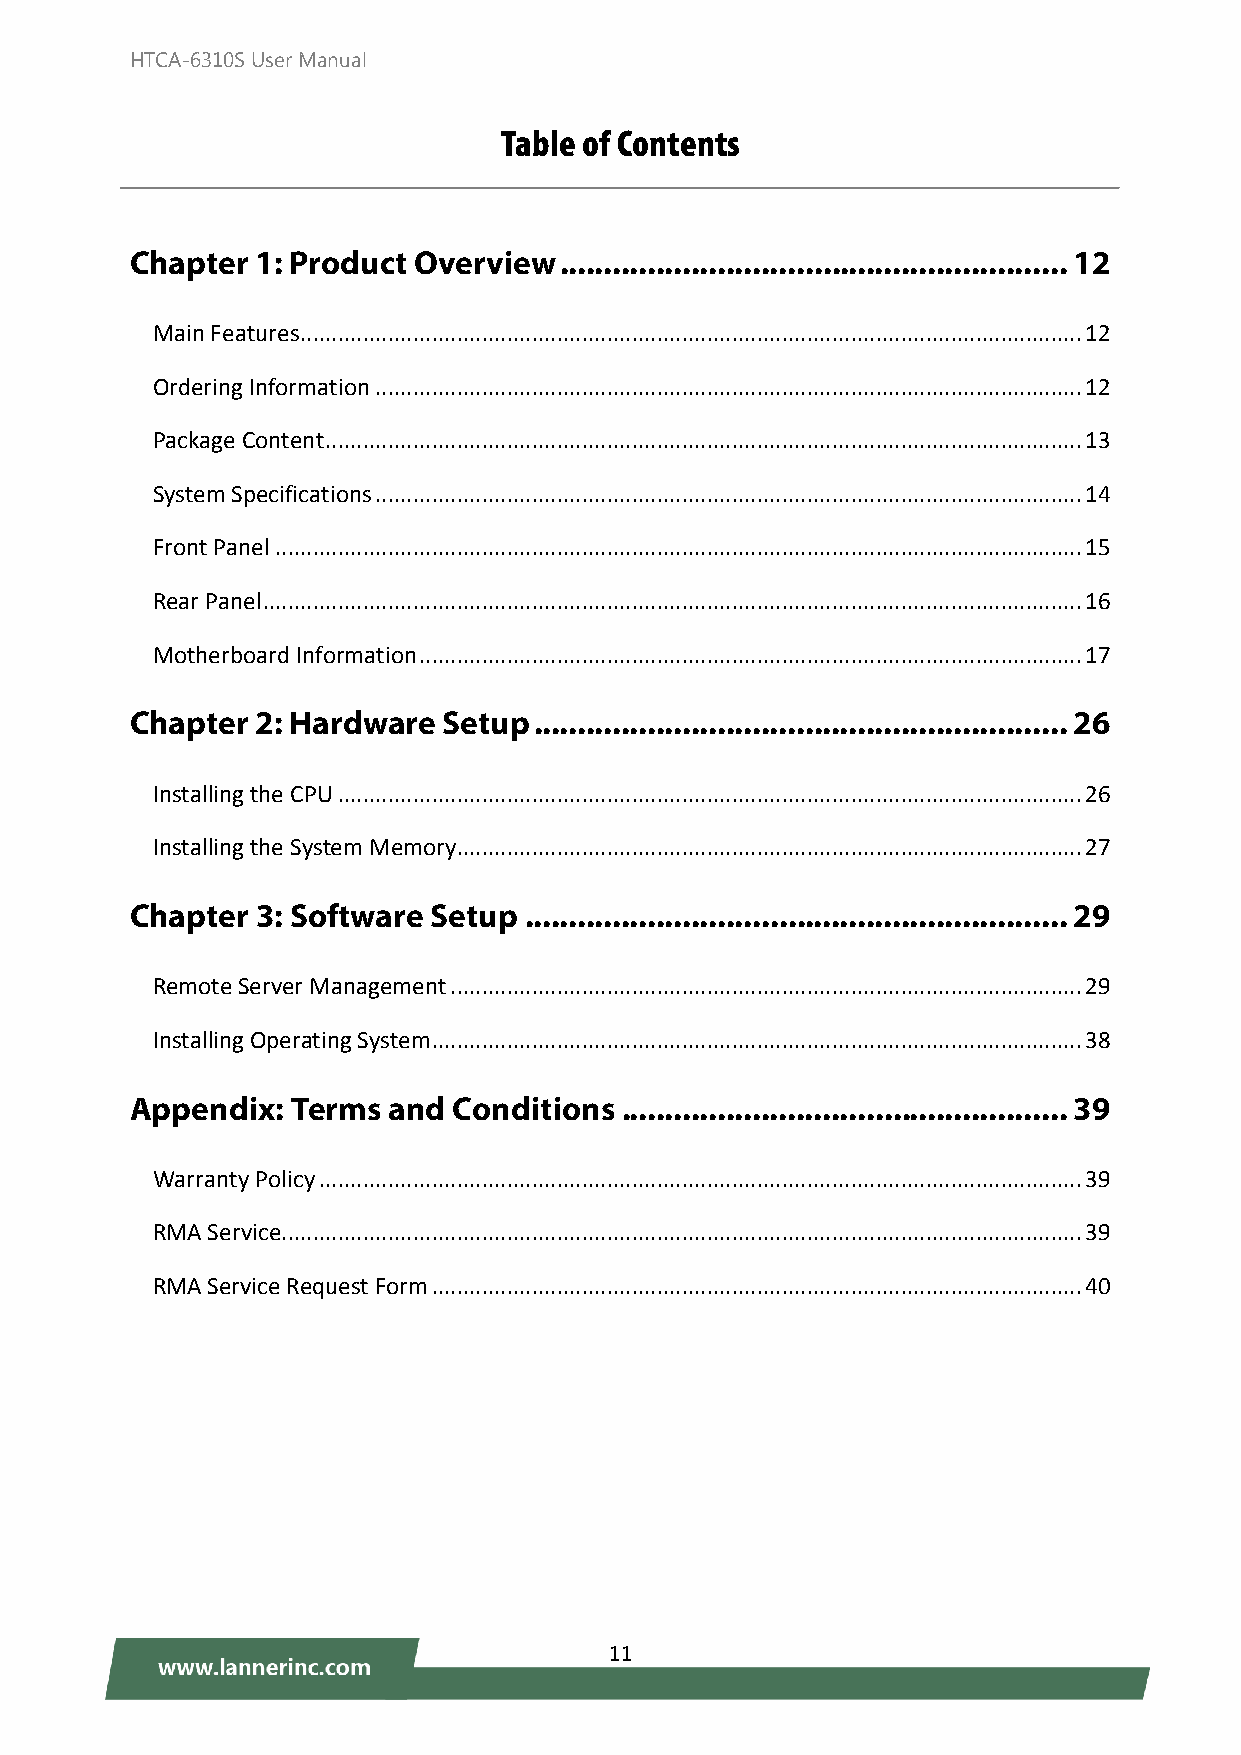
HTCA-6310S User Manual
 Table of Contents
 Chapter 1: Product Overview .......................................................... 12
 Main Features ............................................................................................................................. 12
 Ordering Information ................................................................................................................. 12
 Package Content ......................................................................................................................... 13
 System Specifications ................................................................................................................. 14
 Front Panel ................................................................................................................................. 15
 Rear Panel ................................................................................................................................... 16
 Motherboard Information .......................................................................................................... 17
 Chapter 2: Hardware Setup ............................................................. 26
 Installing the CPU ....................................................................................................................... 26
 Installing the System Memory .................................................................................................... 27
 Chapter 3: Software Setup .............................................................. 29
 Remote Server Management ..................................................................................................... 29
 Installing Operating System........................................................................................................ 38
 Appendix: Terms  and Conditions ................................................... 39
 Warranty Policy .......................................................................................................................... 39
 RMA Service ................................................................................................................................ 39
 RMA Service Request Form ........................................................................................................ 40
 11